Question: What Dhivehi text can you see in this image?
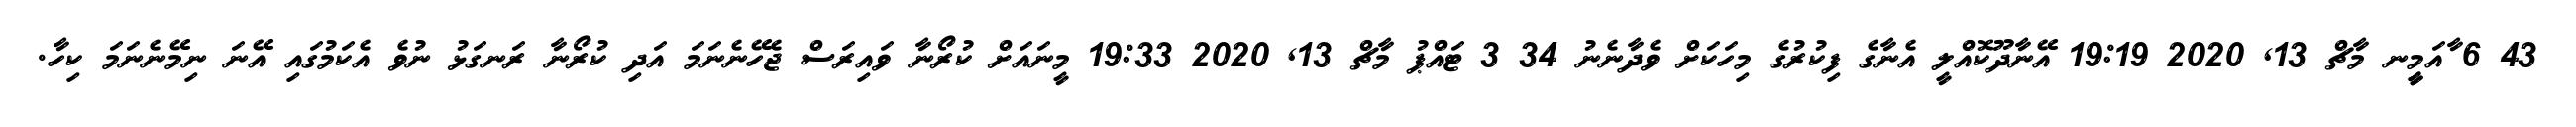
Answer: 43 6 ާއަމީީނ މާޗް 13, 2020 19:19 އޭނާދޫކޮއްލީ އެނާގެ ފިކުރުގެ މިހަކަށް ވެދާނެނު 34 3 ޓައްޕު މާޗް 13, 2020 19:33 މީނައަށް ކުރޯނާ ވައިރަސް ޖެހޭނެނަމަ އަދި ކުރޯނާ ރަނގަޅު ނުވެ އެކަމުގައި އޭނަ ނިމޭނެނަމަ ކިހާ.